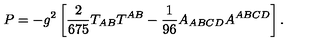
P = - g ^ { 2 } \left[ { \frac { 2 } { 6 7 5 } } T _ { A B } T ^ { A B } - { \frac { 1 } { 9 6 } } A _ { A B C D } A ^ { A B C D } \right] .